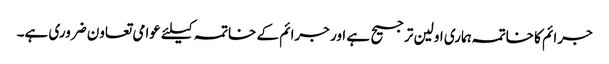
جرائم کا خاتمہ ہماری اولین ترجیح ہے اور جرائم کے خاتمہ کیلئے عوامی تعاون ضروری ہے۔